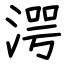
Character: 湂